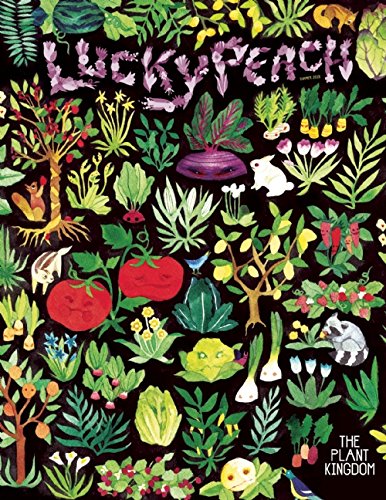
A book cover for Lucky Peach Issue 15; Cookbooks, Food & Wine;